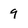
Character: 9